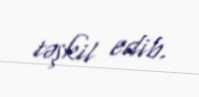
təşkil edib.